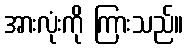
အားလုံးကို ကြားသည်။